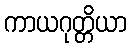
ကာယဂုတ္တိယာ